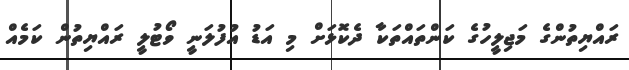
ރައްޔިތުންގެ މަޖިލީހުގެ ކަންތައްތަކާ ދެކޮޅަށް މި އަޑު އުފުލަނީ ވޯޓުލީ ރައްޔިތުން ކަމެއް